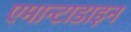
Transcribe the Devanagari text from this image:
एमान्टाडाइन